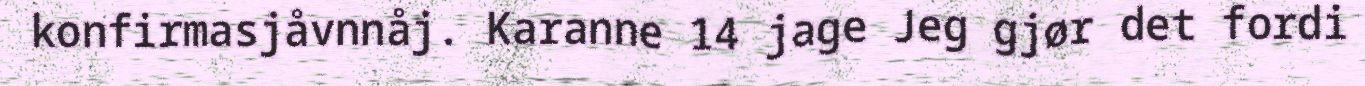
konfirmasjåvnnåj. Karanne 14 jage Jeg gjør det fordi